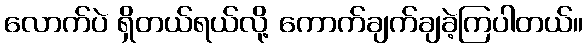
လောက်ပဲ ရှိတယ်ရယ်လို့ ကောက်ချက်ချခဲ့ကြပါတယ်။